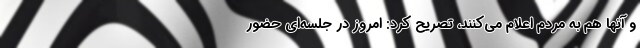
و آنها هم به مردم اعلام می‌کنند، تصریح کرد: امروز در جلسه‌ای حضور